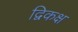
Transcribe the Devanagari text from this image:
द्विकक्ष